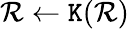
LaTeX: \mathcal{R}\leftarrow\texttt{{K}}(\mathcal{R})